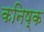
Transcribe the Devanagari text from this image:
कनिष्‍क